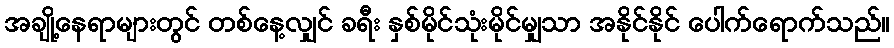
အချို့နေရာများတွင် တစ်နေ့လျှင် ခရီး နှစ်မိုင်သုံးမိုင်မျှသာ အနိုင်နိုင် ပေါက်ရောက်သည်။